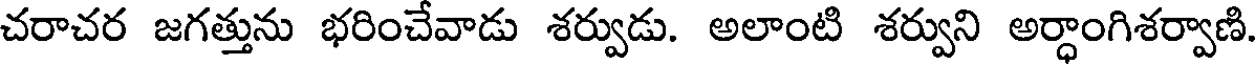
చరాచర జగత్తును భరించేవాడు శర్వుడు. అలాంటి శర్వుని అర్ధాంగిశర్వాణి.